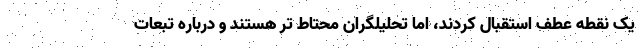
یک نقطه عطف استقبال کردند، اما تحلیلگران محتاط تر هستند و درباره تبعات